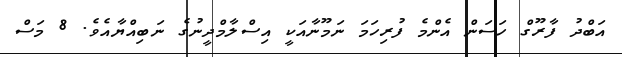
އަބްދު ފާރޫގް ހަސަން އެންމެ ފުރިހަމަ ނަމޫނާއަކީ އިސްލާމްދީނުގެ ނަބިއްޔާއެވެ. 8 މަސް